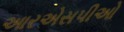
આરએસપીઓ